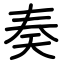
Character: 奏